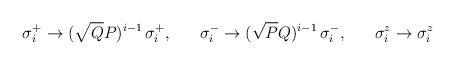
LaTeX: \begin{align*}\sigma_i^+ \rightarrow (\sqrt{Q}{P})^{i-1}\,\sigma_i^+,\;\;\;\;\;\;\sigma_i^- \rightarrow (\sqrt{P}{Q})^{i-1}\,\sigma_i^-,\;\;\;\;\;\;\sigma_i^z \rightarrow \sigma_i^z\end{align*}